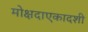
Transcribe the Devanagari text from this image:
मोक्षदाएकादशी